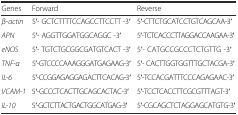
<table><thead><tr><td><b>Genes</b></td><td><b>Forward</b></td><td><b>Reverse</b></td></tr></thead><tbody><tr><td><i>β-actin</i></td><td>5′- GCTCTTTTCCAGCCTTCCTT -3′</td><td>5′-CTTCTGCATCCTGTCAGCAA-3′</td></tr><tr><td><i>APN</i></td><td>5′- AGGTTGGATGGCAGGC -3′</td><td>5′-TCTCACCCTTAGGACCAAGAA-3′</td></tr><tr><td><i>eNOS</i></td><td>5′- TGTCTGCGGCGATGTCACT -3′</td><td>5′- CATGCCGCCCTCTGTTG -3′</td></tr><tr><td><i>TNF-α</i></td><td>5′-GTCCCCAAAGGGATGAGAAG-3′</td><td>5′- CACTTGGTGGTTTGCTACGA-3′</td></tr><tr><td><i>IL-6</i></td><td>5′-CCGGAGAGGAGACTTCACAG-3′</td><td>5′-TCCACGATTTCCCAGAGAAC-3′</td></tr><tr><td><i>VCAM-1</i></td><td>5′-GCCCTCACTTGCAGCACTAC-3′</td><td>5′-TCCTCACCTTCGCGTTTAGT-3′</td></tr><tr><td><i>IL-10</i></td><td>5′-GCTCTTACTGACTGGCATGAG-3′</td><td>5′-CGCAGCTCTAGGAGCATGTG-3′</td></tr></tbody></table>